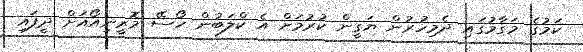
ކަމުގެ މަގާމުގައި ދެމިހުރުން ޔަގީން ކުރުމަށް އެ ކްލަބުން ހޯސޭ މޮރީނިއޯއަށް ދީފައި